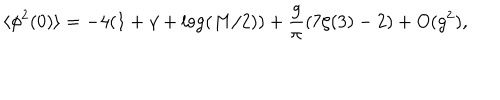
\langle \phi ^ { 2 } ( 0 ) \rangle = - 4 ( 1 + \gamma + \log ( M / 2 ) ) + \frac { g } { \pi } ( 7 \zeta ( 3 ) - 2 ) + O ( g ^ { 2 } ) ,